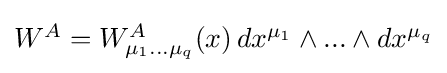
{\textstyle W^{A}=W_{\mu _{1}...\mu _{q}}^{A}(x)\,dx^{\mu _{1}}\wedge ...\wedge dx^{\mu _{q}}}